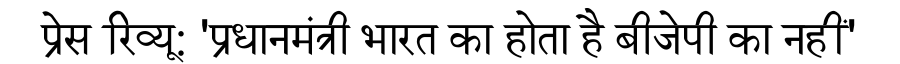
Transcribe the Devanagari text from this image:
प्रेस रिव्यू: 'प्रधानमंत्री भारत का होता है बीजेपी का नहीं'